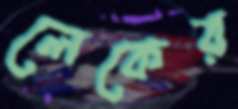
লেকের